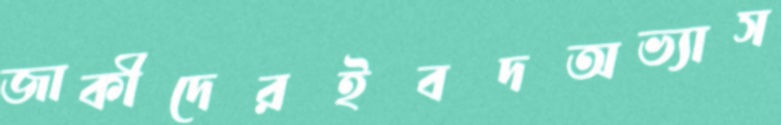
জাকীদেরইবদঅভ্যাস